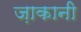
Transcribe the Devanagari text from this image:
ज़ाकानी